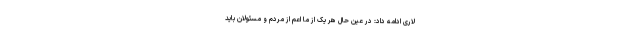
لاری ادامه داد: در عین حال هر یک از ما اعم از مردم و مسئولان باید